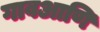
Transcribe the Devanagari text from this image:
गावआणि